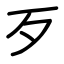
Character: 歹